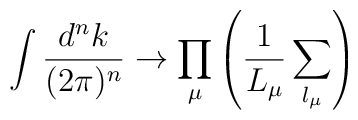
\int \frac{d^nk}{(2\pi)^n} \rightarrow \prod_\mu\left(\frac{1}{L_\mu}\sum_{l_\mu} \right)